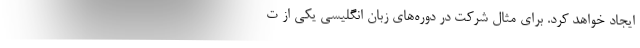
ایجاد خواهد کرد. برای مثال شرکت در دوره‌های زبان انگلیسی یکی از ت